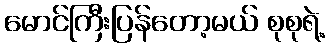
မောင်ကြီးပြန်တော့မယ် စုစုရဲ့